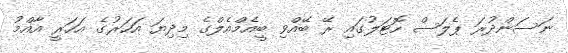
ނަސަންދުރަ ޕެލަސް ހޮޓަލުގައި ރޭ ބޭއްވި ބީއެމްއެލްގެ މިދިޔަ އަހަރުގެ އަހަރީ އާއްމު